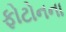
ફોટોનના